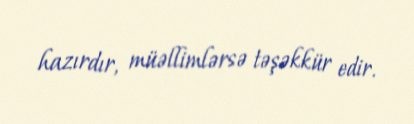
hazırdır, müəllimlərsə təşəkkür edir.